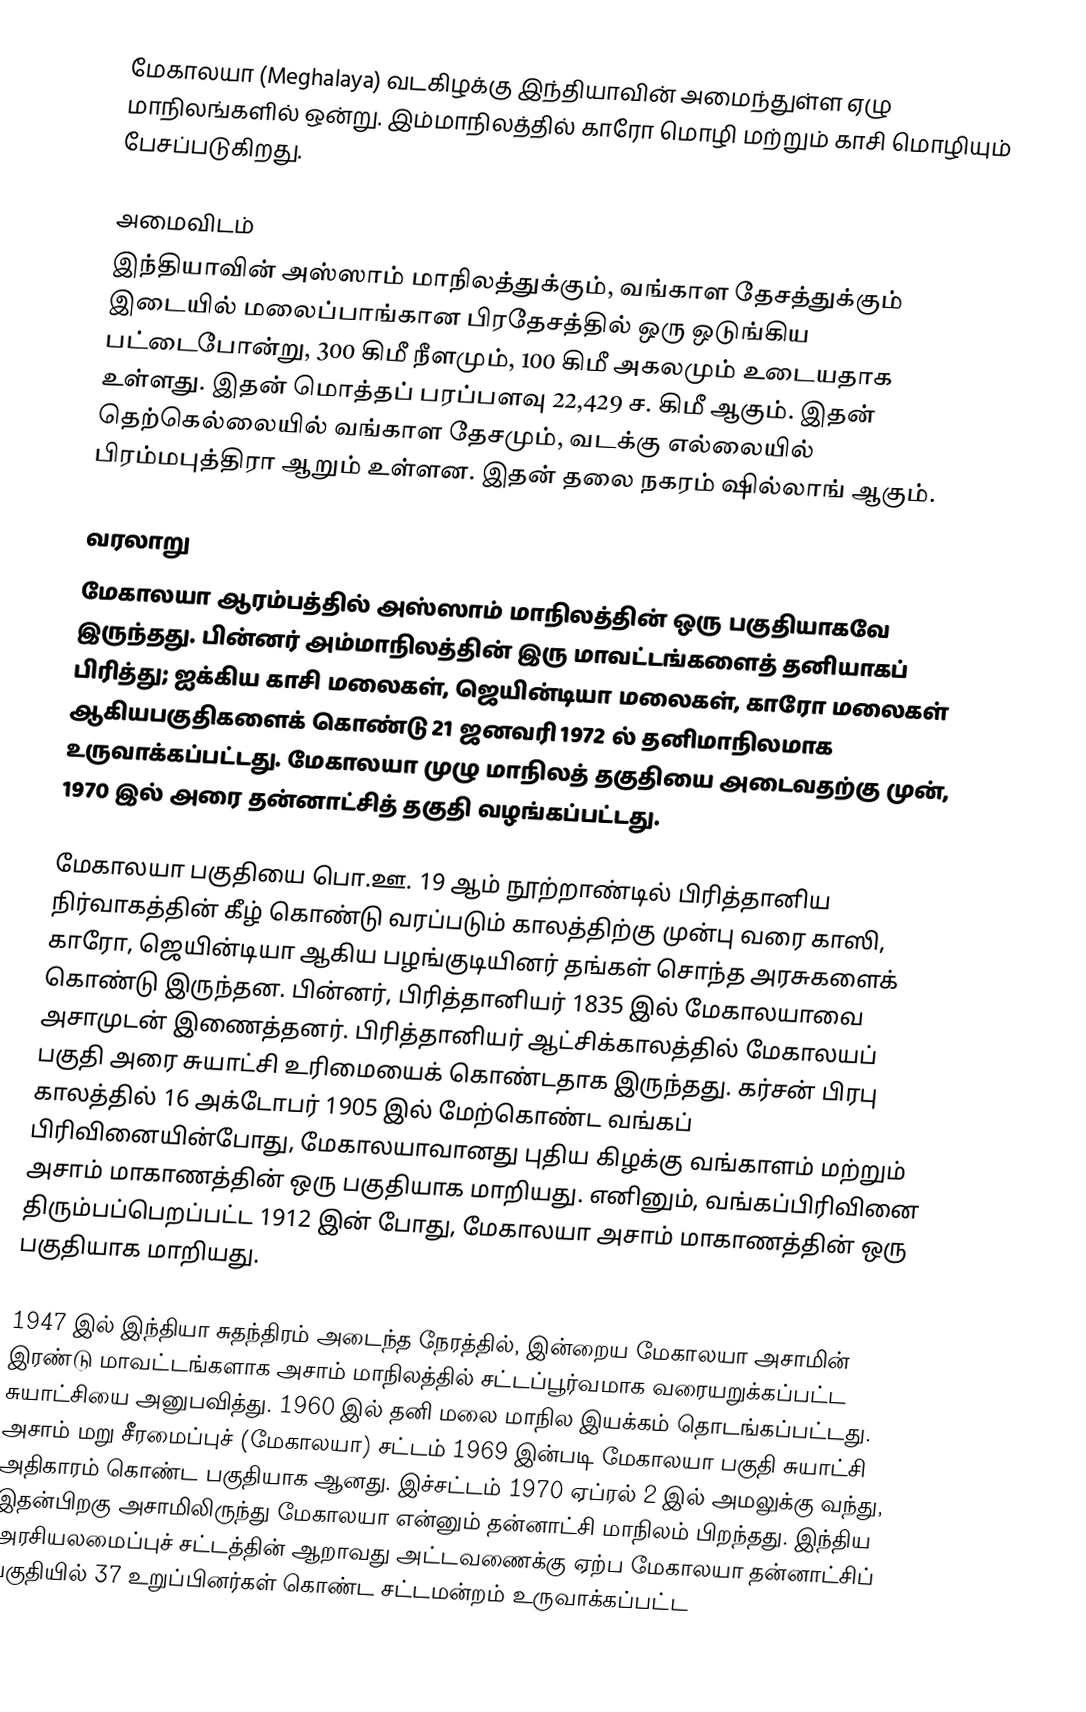
மேகாலயா (Meghalaya) வடகிழக்கு இந்தியாவின் அமைந்துள்ள ஏழு மாநிலங்களில் ஒன்று. இம்மாநிலத்தில்  காரோ மொழி மற்றும்  காசி மொழியும் பேசப்படுகிறது.

அமைவிடம்
இந்தியாவின் அஸ்ஸாம் மாநிலத்துக்கும், வங்காள தேசத்துக்கும் இடையில் மலைப்பாங்கான பிரதேசத்தில் ஒரு ஒடுங்கிய பட்டைபோன்று, 300 கிமீ நீளமும், 100 கிமீ அகலமும் உடையதாக உள்ளது. இதன் மொத்தப் பரப்பளவு 22,429 ச. கிமீ ஆகும். இதன் தெற்கெல்லையில் வங்காள தேசமும், வடக்கு எல்லையில் பிரம்மபுத்திரா ஆறும் உள்ளன. இதன் தலை நகரம் ஷில்லாங் ஆகும்.

வரலாறு
மேகாலயா ஆரம்பத்தில் அஸ்ஸாம் மாநிலத்தின் ஒரு பகுதியாகவே இருந்தது. பின்னர் அம்மாநிலத்தின் இரு மாவட்டங்களைத் தனியாகப் பிரித்து; ஐக்கிய காசி மலைகள், ஜெயின்டியா மலைகள், காரோ மலைகள் ஆகியபகுதிகளைக் கொண்டு 21 ஜனவரி 1972 ல் தனிமாநிலமாக உருவாக்கப்பட்டது. மேகாலயா முழு மாநிலத் தகுதியை அடைவதற்கு முன், 1970 இல் அரை தன்னாட்சித் தகுதி வழங்கப்பட்டது.

மேகாலயா பகுதியை பொ.ஊ. 19 ஆம் நூற்றாண்டில் பிரித்தானிய நிர்வாகத்தின் கீழ் கொண்டு வரப்படும் காலத்திற்கு முன்பு வரை காஸி, காரோ, ஜெயின்டியா ஆகிய பழங்குடியினர் தங்கள் சொந்த அரசுகளைக் கொண்டு இருந்தன. பின்னர், பிரித்தானியர் 1835 இல் மேகாலயாவை அசாமுடன் இணைத்தனர். பிரித்தானியர் ஆட்சிக்காலத்தில் மேகாலயப் பகுதி அரை சுயாட்சி உரிமையைக் கொண்டதாக இருந்தது. கர்சன் பிரபு காலத்தில் 16 அக்டோபர் 1905 இல் மேற்கொண்ட வங்கப் பிரிவினையின்போது,   மேகாலயாவானது புதிய கிழக்கு வங்காளம் மற்றும் அசாம் மாகாணத்தின் ஒரு பகுதியாக மாறியது. எனினும், வங்கப்பிரிவினை திரும்பப்பெறப்பட்ட 1912 இன் போது, மேகாலயா அசாம் மாகாணத்தின் ஒரு பகுதியாக மாறியது.

1947 இல் இந்தியா சுதந்திரம் அடைந்த நேரத்தில், இன்றைய மேகாலயா அசாமின் இரண்டு மாவட்டங்களாக அசாம் மாநிலத்தில் சட்டப்பூர்வமாக வரையறுக்கப்பட்ட சுயாட்சியை அனுபவித்து. 1960 இல் தனி மலை மாநில இயக்கம் தொடங்கப்பட்டது. அசாம் மறு சீரமைப்புச் (மேகாலயா) சட்டம் 1969 இன்படி மேகாலயா பகுதி சுயாட்சி அதிகாரம் கொண்ட பகுதியாக ஆனது. இச்சட்டம்  1970 ஏப்ரல் 2 இல் அமலுக்கு வந்து, இதன்பிறகு அசாமிலிருந்து மேகாலயா என்னும் தன்னாட்சி மாநிலம் பிறந்தது. இந்திய அரசியலமைப்புச் சட்டத்தின் ஆறாவது அட்டவணைக்கு ஏற்ப மேகாலயா தன்னாட்சிப் பகுதியில் 37 உறுப்பினர்கள் கொண்ட சட்டமன்றம் உருவாக்கப்பட்ட